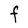
Character: F